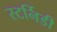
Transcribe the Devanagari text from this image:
स्टर्निडी